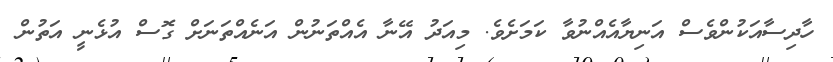
ހާދިސާއަކުންވެސް އަނިޔާއެއްނުވާ ކަމަށެވެ. މިއަދު އޭނާ އެއްތަނުން އަނެއްތަނަށް ގޮސް އުޅެނީ އަތުން